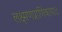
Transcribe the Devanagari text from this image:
लक्ष्मणप्राणिकायाः।